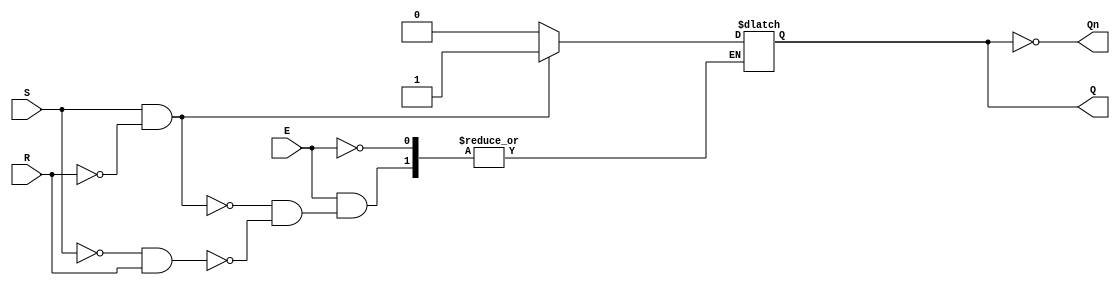
module gated_sr_latch (
    input wire S,      // Set input
    input wire R,      // Reset input
    input wire E,      // Enable input
    output reg Q,      // Output Q
    output wire Qn     // Output Q Not
);

    assign Qn = ~Q; // Complement of Q

    always @(E or S or R) begin
        if (E) begin
            if (S && !R) begin
                Q <= 1'b1; // Set Q to 1
            end else if (!S && R) begin
                Q <= 1'b0; // Reset Q to 0
            end
            // If both S and R are low, Q retains its previous state
            // If both S and R are high, it is an invalid state (not handled)
        end
        // If E is low, Q retains its previous state
    end

endmodule